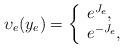
LaTeX: \begin{align*} \upsilon_{e}(y_e) = \left\{ \begin{array}{ll} e^{J_e}, & \\ e^{-J_e}, & \end{array} \right.\end{align*}